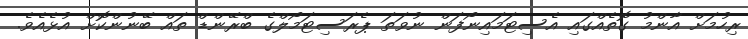
ރިހުމަށް އާންމު ގޮތެއްގައި އެސިޓަމައިނޯފަން ނުވަތަ ޕެރަސިޓަމޯލްގެ ބްރޭންޑް ތައް ބޭނުންކޮށް އުޅެއެވެ.